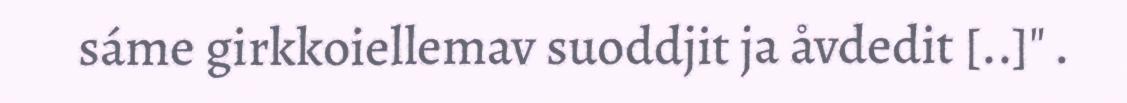
sáme girkkoiellemav suoddjit ja åvdedit [..]" .